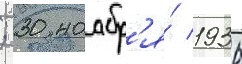
; 30 ноабр'я́ 1936